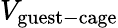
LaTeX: V_{\mathrm{guest-cage}}